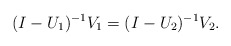
\begin{align*} (I-U_1)^{-1}V_1= (I-U_2)^{-1}V_2.\end{align*}